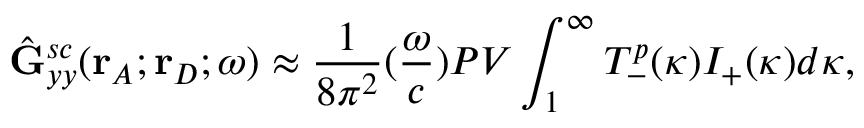
\hat { \mathbf { G } } _ { y y } ^ { s c } ( \mathbf { r } _ { A } ; \mathbf { r } _ { D } ; \omega ) \approx \frac { 1 } { 8 { \pi } ^ { 2 } } ( \frac { \omega } { c } ) P V \int _ { 1 } ^ { \infty } T _ { - } ^ { p } ( \kappa ) I _ { + } ( \kappa ) d { \kappa } ,